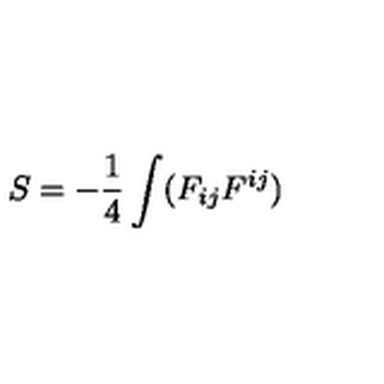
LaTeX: S = - \frac 1 4 \int ( F _ { i j } F ^ { i j } )